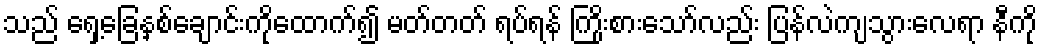
သည် ရှေ့ခြေနှစ်ချောင်းကိုထောက်၍ မတ်တတ် ရပ်ရန် ကြိုးစားသော်လည်း ပြန်လဲကျသွားလေရာ နီကို